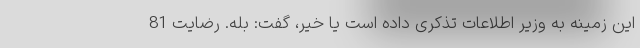
این زمینه به وزیر اطلاعات تذکری داده است یا خیر، گفت: بله. رضایت 81